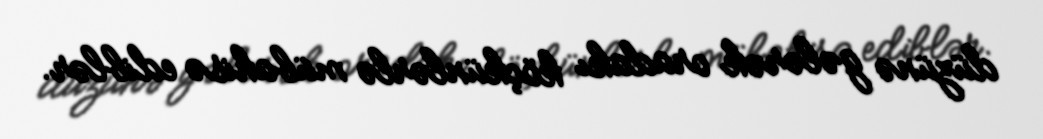
düzünə gələrək oradakı köçkünlərlə mübahisə ediblər.